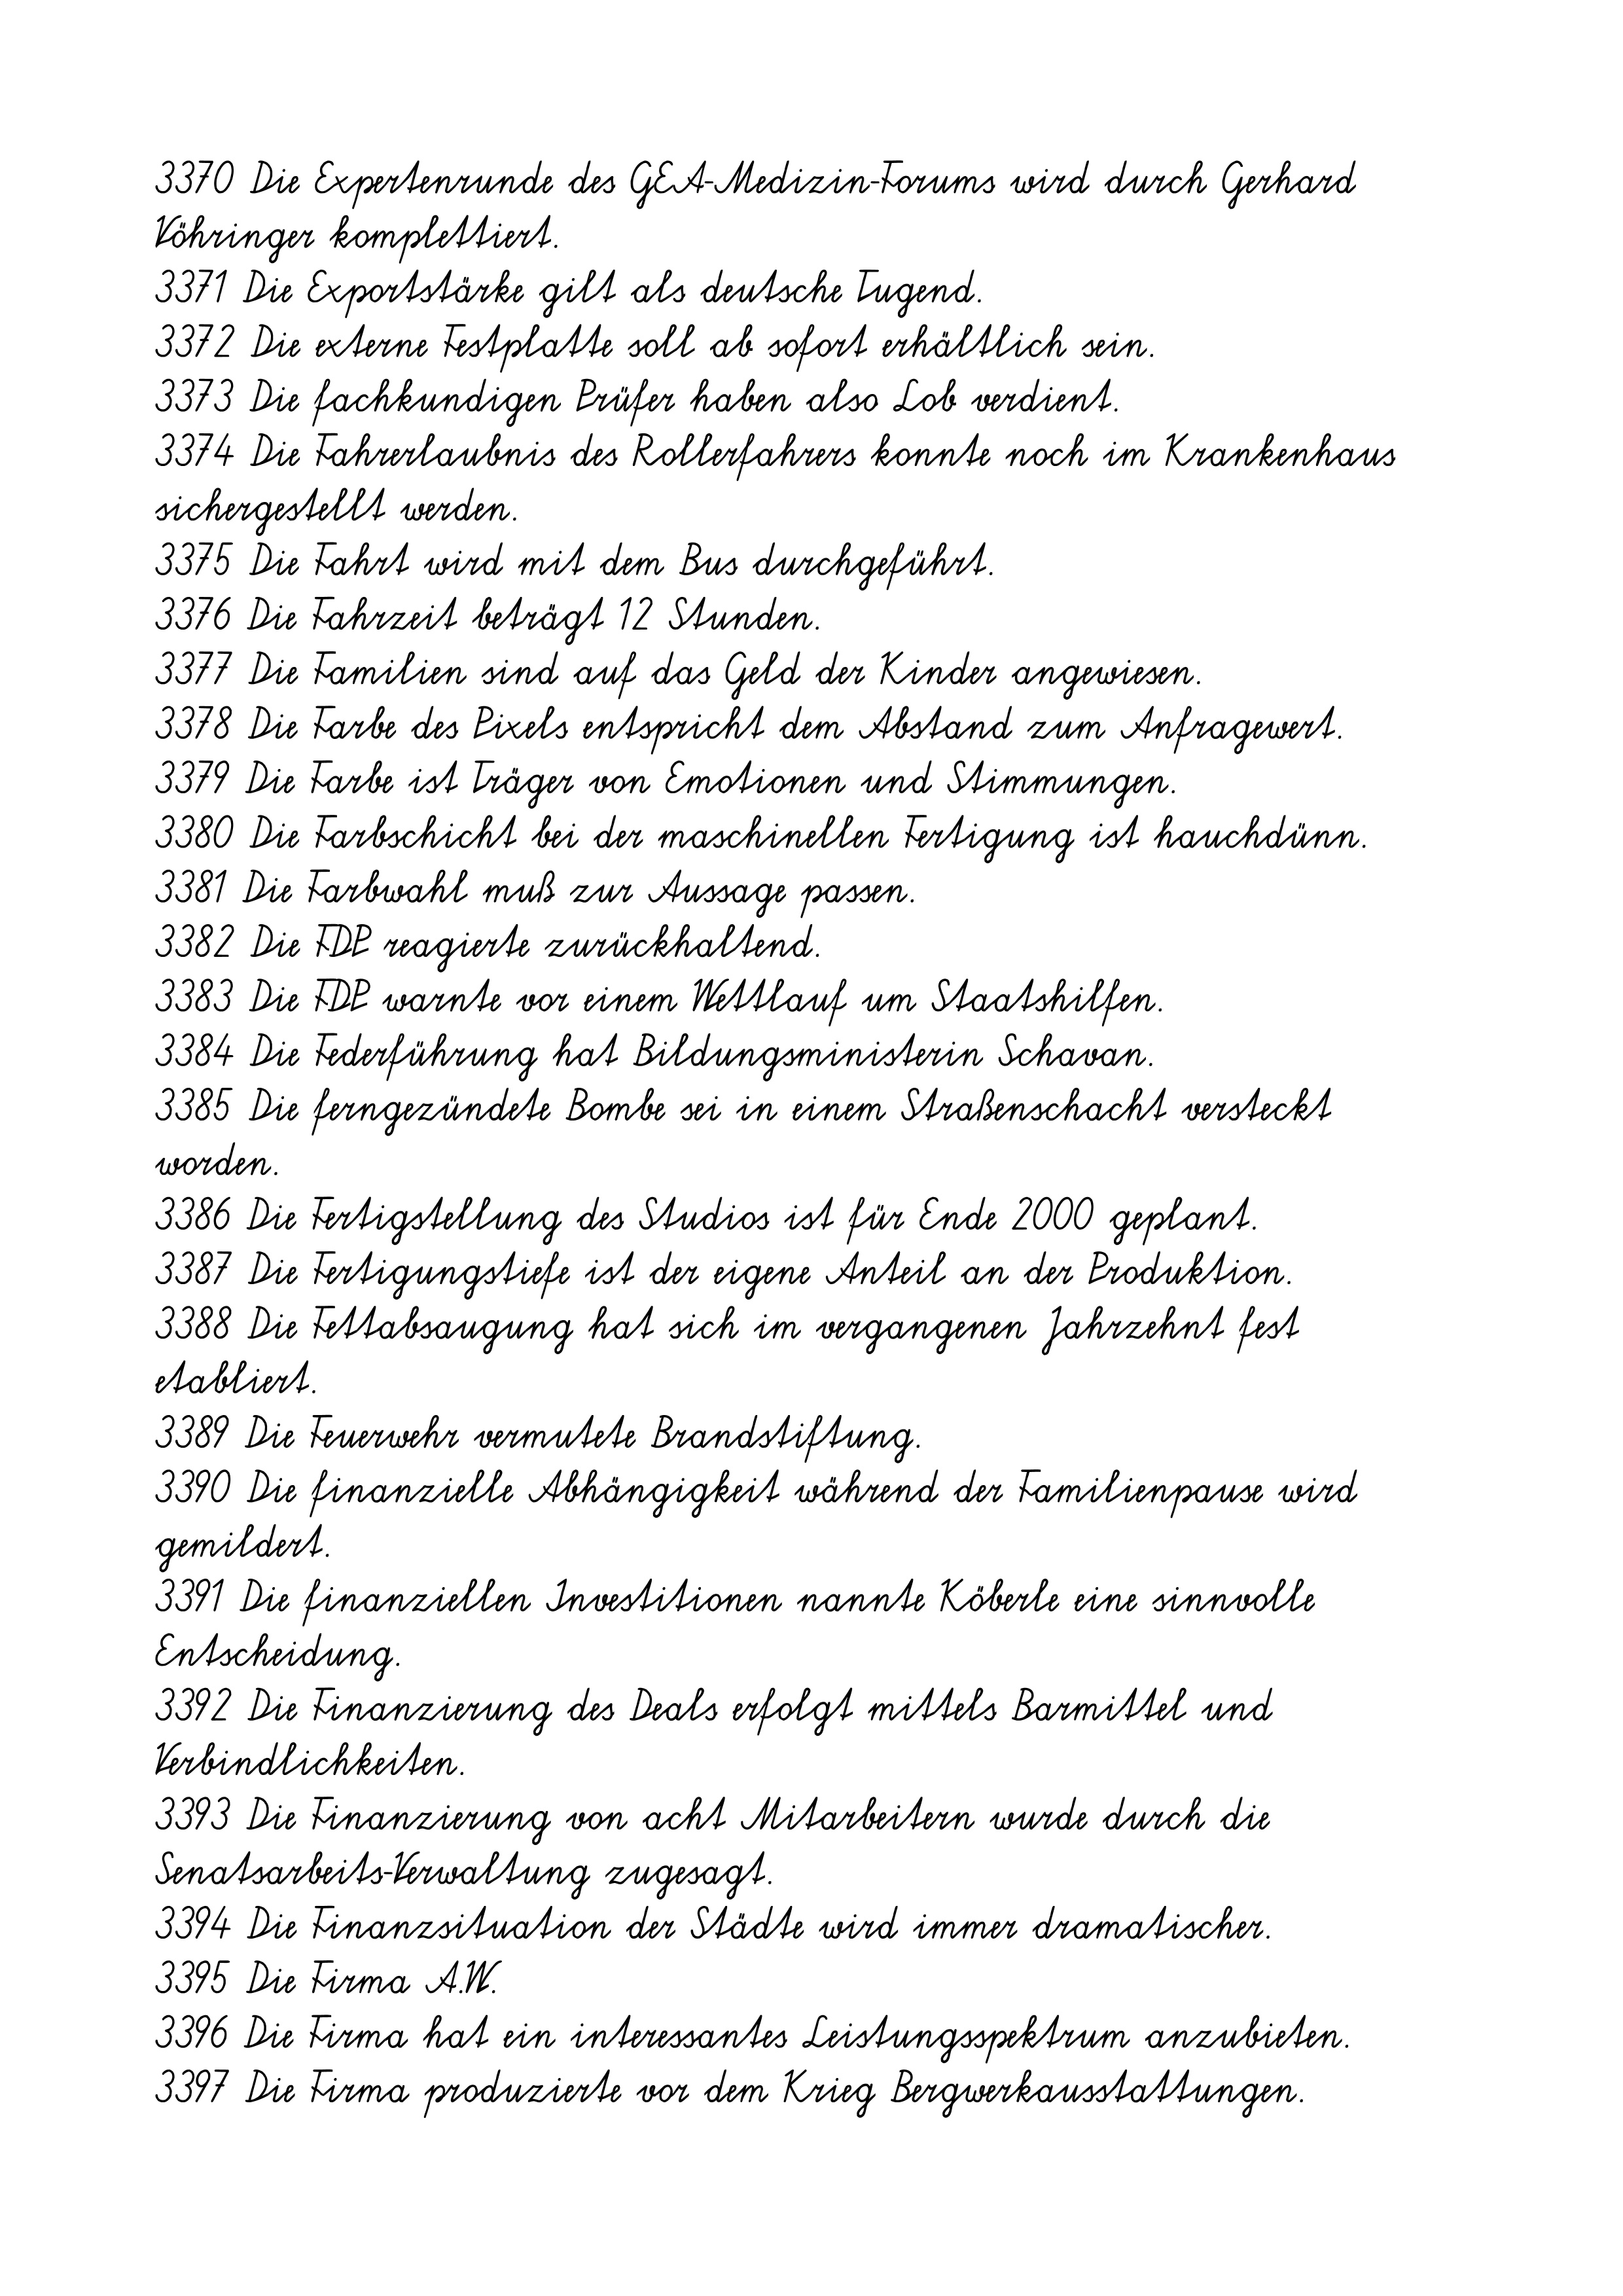
3370 Die Expertenrunde des GEA-Medizin-Forums wird durch Gerhard
Vöhringer komplettiert.
3371 Die Exportstärke gilt als deutsche Tugend.
3372 Die externe Festplatte soll ab sofort erhältlich sein.
3373 Die fachkundigen Prüfer haben also Lob verdient.
3374 Die Fahrerlaubnis des Rollerfahrers konnte noch im Krankenhaus
sichergestellt werden.
3375 Die Fahrt wird mit dem Bus durchgeführt.
3376 Die Fahrzeit beträgt 12 Stunden.
3377 Die Familien sind auf das Geld der Kinder angewiesen.
3378 Die Farbe des Pixels entspricht dem Abstand zum Anfragewert.
3379 Die Farbe ist Träger von Emotionen und Stimmungen.
3380 Die Farbschicht bei der maschinellen Fertigung ist hauchdünn.
3381 Die Farbwahl muß zur Aussage passen.
3382 Die FDP reagierte zurückhaltend.
3383 Die FDP warnte vor einem Wettlauf um Staatshilfen.
3384 Die Federführung hat Bildungsministerin Schavan.
3385 Die ferngezündete Bombe sei in einem Straßenschacht versteckt
worden.
3386 Die Fertigstellung des Studios ist für Ende 2000 geplant.
3387 Die Fertigungstiefe ist der eigene Anteil an der Produktion.
3388 Die Fettabsaugung hat sich im vergangenen Jahrzehnt fest
etabliert.
3389 Die Feuerwehr vermutete Brandstiftung.
3390 Die finanzielle Abhängigkeit während der Familienpause wird
gemildert.
3391 Die finanziellen Investitionen nannte Köberle eine sinnvolle
Entscheidung.
3392 Die Finanzierung des Deals erfolgt mittels Barmittel und
Verbindlichkeiten.
3393 Die Finanzierung von acht Mitarbeitern wurde durch die
Senatsarbeits-Verwaltung zugesagt.
3394 Die Finanzsituation der Städte wird immer dramatischer.
3395 Die Firma A.W.
3396 Die Firma hat ein interessantes Leistungsspektrum anzubieten.
3397 Die Firma produzierte vor dem Krieg Bergwerkausstattungen.